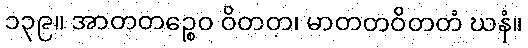
၁၃၉။ အာတတဉ္စေဝ ဝိတတ၊ မာတတဝိတတံ ဃနံ။